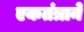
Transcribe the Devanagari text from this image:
एकतंत्राने